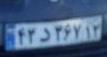
۴۳د۳۶۷۱۲